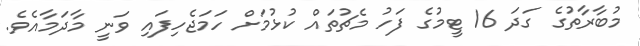
މުބާރާތުގެ ގަދަ 16 ޓީމުގެ ފަހު މެޗުތައް ކުޅުމަށް ހަމަޖެހިފައި ވަނީ މާދަމާއެވެ.